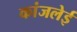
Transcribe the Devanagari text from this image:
कांजलेई